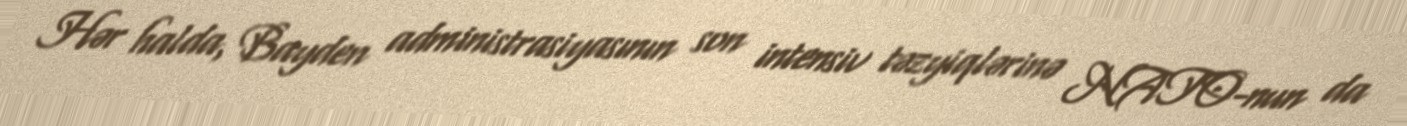
Hər halda, Bayden administrasiyasının son intensiv təzyiqlərinə NATO-nun da